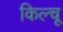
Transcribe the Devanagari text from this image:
किल्चू